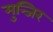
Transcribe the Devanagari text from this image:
मुन्जिर